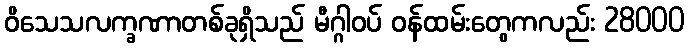
ဝိသေသလက္ခဏာတစ်ခုရှိသည် မီဂ္ဂါဝပ် ဝန်ထမ်းတွေကလည်း 28000